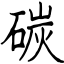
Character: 碳